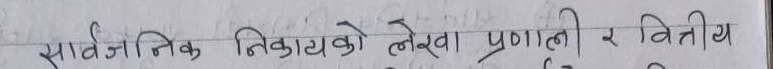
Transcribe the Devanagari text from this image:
सार्वजनिक निकायको लेखा प्रणाली र वित्तीय